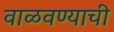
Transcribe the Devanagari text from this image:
वाळवण्याची